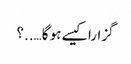
گزارا کیسے ہو گا…..؟